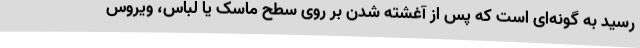
رسید به گونه‌ای است که پس از آغشته شدن بر روی سطح ماسک یا لباس، ویروس